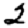
Digit: 2